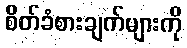
စိတ်ခံစားချက်များကို